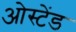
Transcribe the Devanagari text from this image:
ओस्टेंड